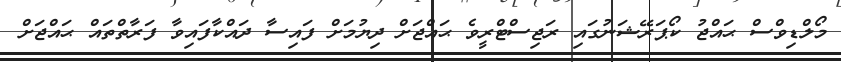
މޯލްޑިވްސް ޙައްޖު ކޯޕަރޭޝަނުގައި ރަޖިސްޓްރީވެ ޙައްޖަށް ދިޔުމަށް ފައިސާ ދައްކާފައިވާ ފަރާތްތައް ޙައްޖަށް